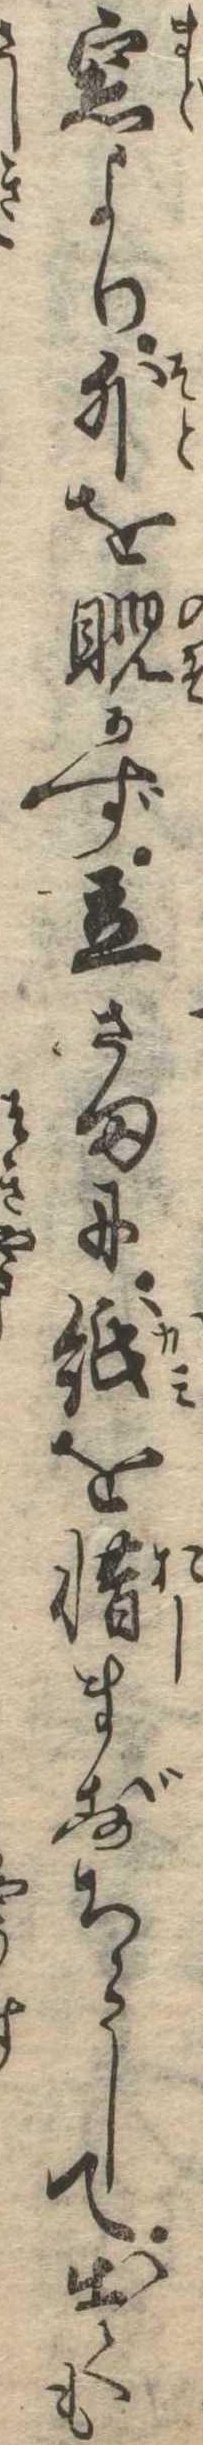
窓より外を睨かず立さまに紙を惜まずちらして出ても